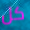
كل